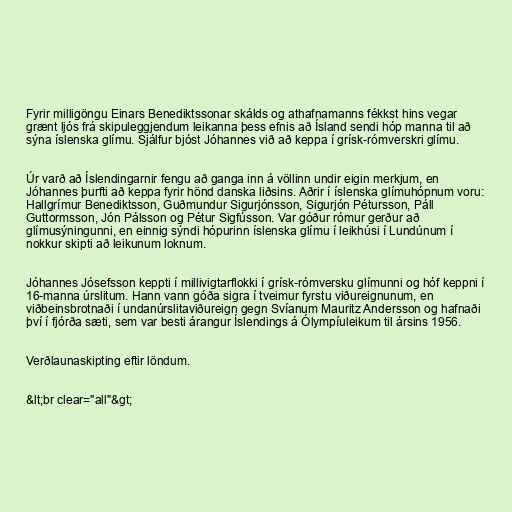
Fyrir milligöngu Einars Benediktssonar skálds og athafnamanns fékkst hins vegar
grænt ljós frá skipuleggjendum leikanna þess efnis að Ísland sendi hóp manna til að
sýna íslenska glímu. Sjálfur bjóst Jóhannes við að keppa í grísk-rómverskri glímu.

Úr varð að Íslendingarnir fengu að ganga inn á völlinn undir eigin merkjum, en
Jóhannes þurfti að keppa fyrir hönd danska liðsins. Aðrir í íslenska glímuhópnum voru:
Hallgrímur Benediktsson, Guðmundur Sigurjónsson, Sigurjón Pétursson, Páll
Guttormsson, Jón Pálsson og Pétur Sigfússon. Var góður rómur gerður að
glímusýningunni, en einnig sýndi hópurinn íslenska glímu í leikhúsi í Lundúnum í
nokkur skipti að leikunum loknum.

Jóhannes Jósefsson keppti í millivigtarflokki í grísk-rómversku glímunni og hóf keppni í
16-manna úrslitum. Hann vann góða sigra í tveimur fyrstu viðureignunum, en
viðbeinsbrotnaði í undanúrslitaviðureign gegn Svíanum Mauritz Andersson og hafnaði
því í fjórða sæti, sem var besti árangur Íslendings á Ólympíuleikum til ársins 1956.

Verðlaunaskipting eftir löndum.

&lt;br clear="all"&gt;